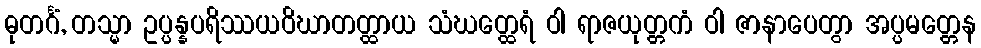
ဓုတင်္ဂံ, တသ္မာ ဥပ္ပန္နပရိဿယဝိဃာတတ္ထာယ သံဃတ္ထေရံ ဝါ ရာဇယုတ္တကံ ဝါ ဇာနာပေတွာ အပ္ပမတ္တေန